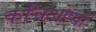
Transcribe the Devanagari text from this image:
कचिओप्पो